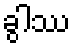
ခွါဿ